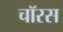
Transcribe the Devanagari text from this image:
चॉरस